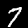
Digit: 7